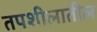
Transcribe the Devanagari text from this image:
तपशीलातील